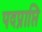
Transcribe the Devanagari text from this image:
पदप्राप्ति